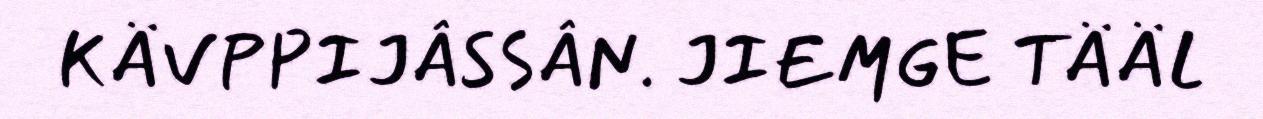
KÄVPPIJÂSSÂN. JIEMGE TÄÄL